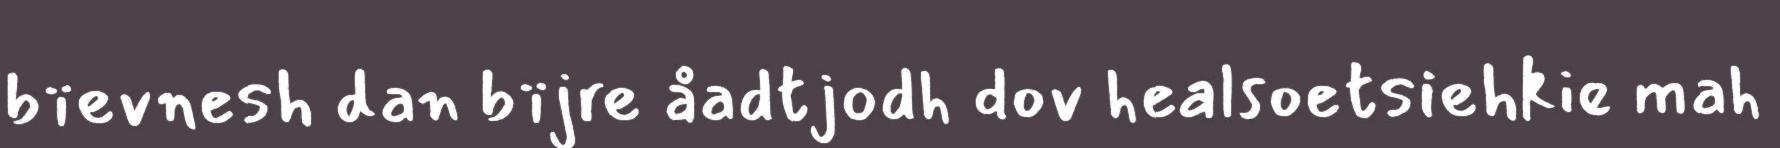
bïevnesh dan bïjre åadtjodh dov healsoetsiehkie mah